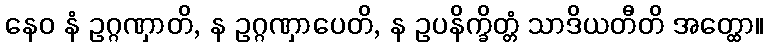
နေဝ နံ ဥဂ္ဂဏှာတိ, န ဥဂ္ဂဏှာပေတိ, န ဥပနိက္ခိတ္တံ သာဒိယတီတိ အတ္ထော။